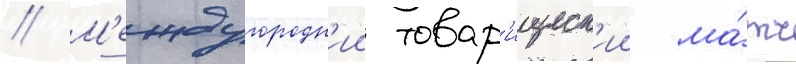
// М'еждугородн'ии товар'ищеск'ии ма́тч